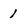
Character: 1